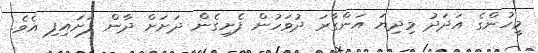
މީހުންގެ އަދަދު މިދިޔަ އަންގާރަ ދުވަހުން ފެށިގެން ދަށަށް ދާން ފަށައިފި އެވެ.